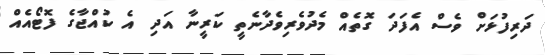
ދަރިފުޅަށް ވެސް އެފަދަ ގޮތެއް މެދުވެރިވެދާނެތީ ކަރީނާ އަދި އެ ކުއްޖާގެ ފޮޓޯއެއް